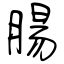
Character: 腸